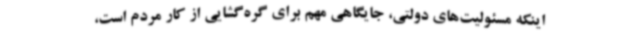
اینکه مسئولیت‌های دولتی، جایگاهی مهم برای گره‌گشایی از کار مردم است،